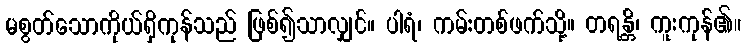
မစွတ်သောကိုယ်ရှိကုန်သည် ဖြစ်၍သာလျှင်။ ပါရံ၊ ကမ်းတစ်ဖက်သို့။ တရန္တိ၊ ကူးကုန်၏။